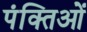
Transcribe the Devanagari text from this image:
पंक्तिओं